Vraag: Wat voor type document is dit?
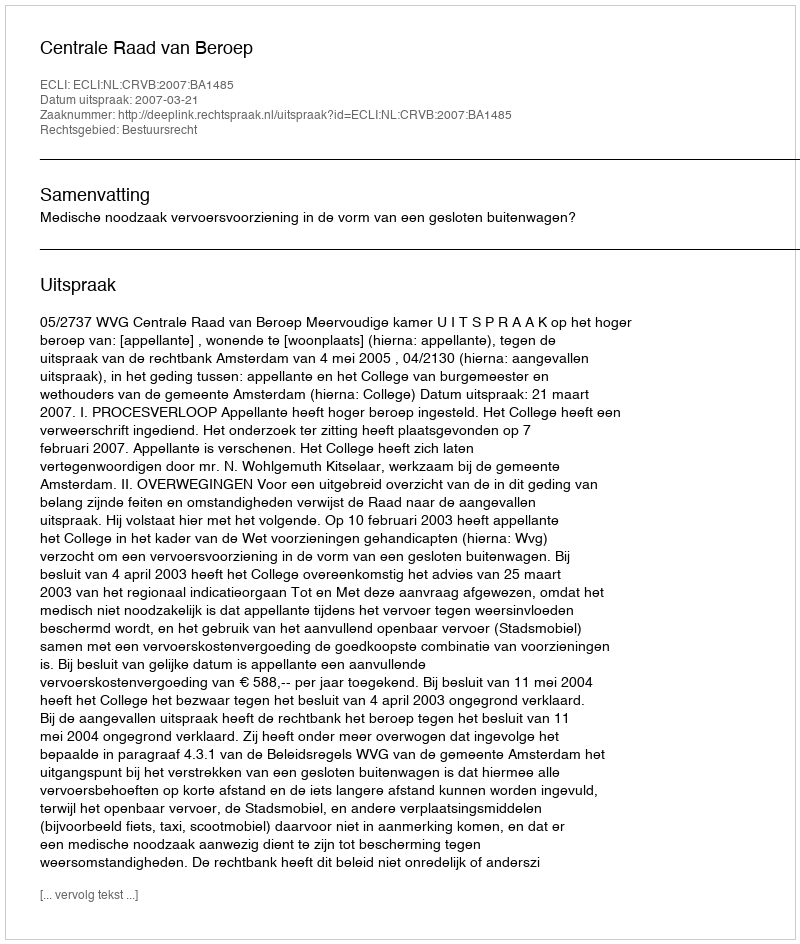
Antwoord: Uitspraak